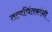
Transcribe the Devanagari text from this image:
तत्वचिंतकांनी